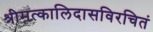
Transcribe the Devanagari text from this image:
श्रीमत्कालिदासविरचितं